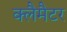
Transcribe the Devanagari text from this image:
क्लैमैटर